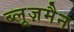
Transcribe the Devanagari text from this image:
ब्लूज़मैन